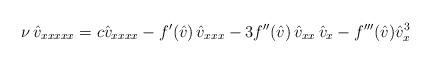
LaTeX: \begin{align*}\nu\, \hat{v}_{xxxxx}= c\hat{v}_{xxxx} -f'(\hat{v}) \, \hat{v}_{xxx} - 3 f''(\hat{v}) \, \hat{v}_{xx}\, \hat{v}_{x} -f'''(\hat{v})\hat{v}_x^3\end{align*}